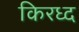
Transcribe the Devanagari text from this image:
किरध्द